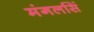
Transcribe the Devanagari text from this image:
मंगलसिं